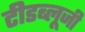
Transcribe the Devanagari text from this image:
टीडब्लूजी